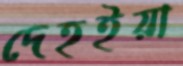
দেহইয়া